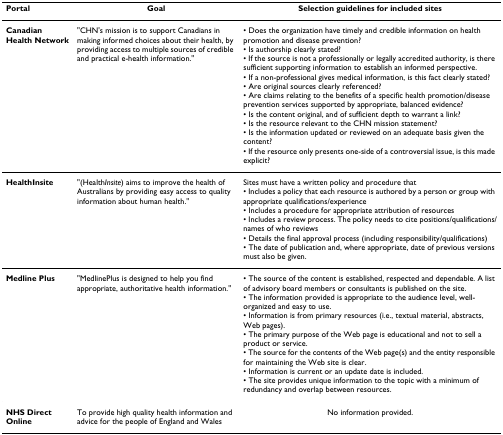
| Portal | Goal | Selection guidelines for included sites |
 | --- | --- | --- |
 | Canadian Health Network | "CHN's mission is to support Canadians in making informed choices about their health, by providing access to multiple sources of credible and practical e-health information." | • Does the organization have timely and credible information on health promotion and disease prevention?• Is authorship clearly stated?• If the source is not a professionally or legally accredited authority, is there sufficient supporting information to establish an informed perspective.• If a non-professional gives medical information, is this fact clearly stated?• Are original sources clearly referenced?• Are claims relating to the benefits of a specific health promotion/disease prevention services supported by appropriate, balanced evidence?• Is the content original, and of sufficient depth to warrant a link?• Is the resource relevant to the CHN mission statement?• Is the information updated or reviewed on an adequate basis given the content?• If the resource only presents one-side of a controversial issue, is this made explicit? |
 | HealthInsite | "(HealthInsite) aims to improve the health of Australians by providing easy access to quality information about human health." | Sites must have a written policy and procedure that• Includes a policy that each resource is authored by a person or group with appropriate qualifications/experience• Includes a procedure for appropriate attribution of resources• Includes a review process. The policy needs to cite positions/qualifications/names of who reviews• Details the final approval process (including responsibility/qualifications)• The date of publication and, where appropriate, date of previous versions must also be given. |
 | Medline Plus | "MedlinePlus is designed to help you find appropriate, authoritative health information." | • The source of the content is established, respected and dependable. A list of advisory board members or consultants is published on the site.• The information provided is appropriate to the audience level, well-organized and easy to use.• Information is from primary resources (i.e., textual material, abstracts, Web pages).• The primary purpose of the Web page is educational and not to sell a product or service.• The source for the contents of the Web page(s) and the entity responsible for maintaining the Web site is clear.• Information is current or an update date is included.• The site provides unique information to the topic with a minimum of redundancy and overlap between resources. |
 | NHS Direct Online | To provide high quality health information and advice for the people of England and Wales | No information provided. |